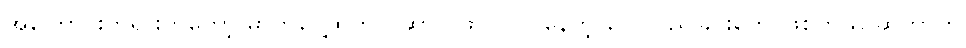
အကြောင်းတရားကတော့ ဓာတ်ငွေ့ထဲတွင် ဆာလ်ဖာ ပါဝင်နေတဲ့ လေလည်ခြင်းတွေ ဖြစ်တယ် ဆိုတာကို